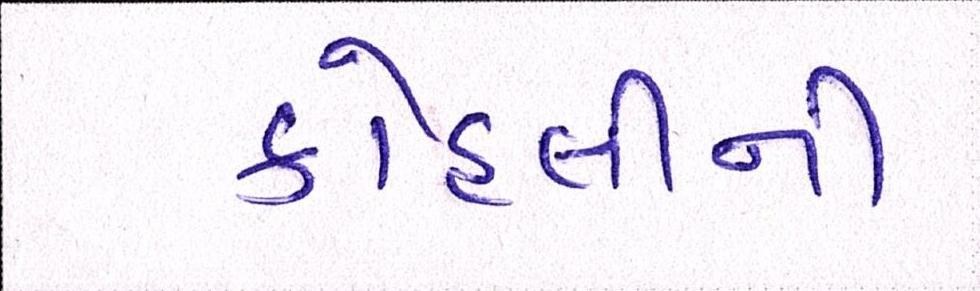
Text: કોહલીની